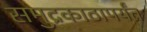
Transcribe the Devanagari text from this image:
समुद्रकाठापर्यंत